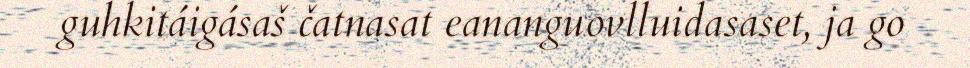
guhkitáigásaš čatnasat eananguovlluidasaset, ja go